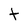
Character: t